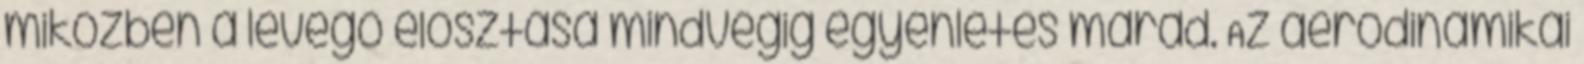
miközben a levegő elosztása mindvégig egyenletes marad. Az aerodinamikai